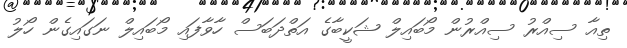
ތިއާ ސިއްރު ސިއްރުން މޯބައިލް ޝަކީބާގެ އަތްދަބަސް ހާވާފައި މޯބައިލް ނަގައިގެން ހޯލު